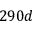
2 9 0 d